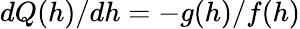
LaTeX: dQ(h)/dh=-g(h)/f(h)